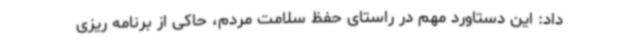
داد: این دستاورد مهم در راستای حفظ سلامت مردم، حاکی از برنامه ریزی